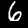
Label: 6